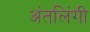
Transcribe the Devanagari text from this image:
अंतलिंगी